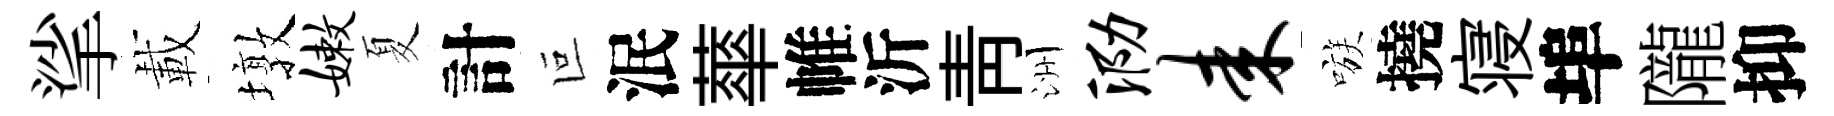
挲載墩嫩夏計叵泯蕐帷沂靑洲泐耒嗾撓寝埠隴抑